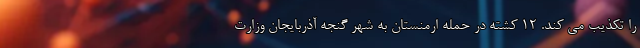
را تکذیب می کند. 12 کشته در حمله ارمنستان به شهر گنجه آذربایجان وزارت